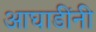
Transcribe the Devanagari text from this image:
आघाडींनी